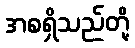
အစရှိသည်တို့